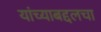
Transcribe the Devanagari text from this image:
यांच्याबद्दलचा